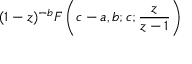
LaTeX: ( 1 - z ) ^ { - b } F \left( c - a , b ; c ; { \frac { z } { z - 1 } } \right)